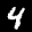
Label: 4